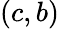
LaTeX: (c,b)